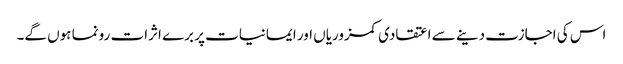
اس کی اجازت دینے سے اعتقادی کمزوریاں اور ایمانیات پر برے اثرات رونما ہوں گے۔